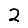
Digit: 2